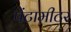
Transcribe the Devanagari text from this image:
पेंटामीटर